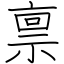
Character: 禀